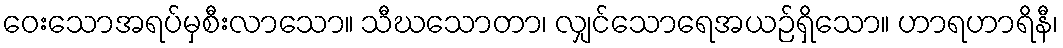
ဝေးသောအရပ်မှစီးလာသော။ သီဃသောတာ၊ လျှင်သောရေအယဉ်ရှိသော။ ဟာရဟာရိနီ၊